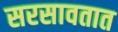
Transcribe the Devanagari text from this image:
सरसावतात